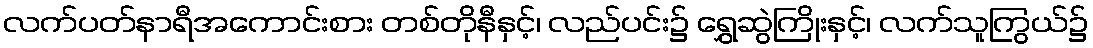
လက်ပတ်နာရီအကောင်းစား တစ်တိုနီနှင့်၊ လည်ပင်း၌ ရွှေဆွဲကြိုးနှင့်၊ လက်သူကြွယ်၌